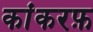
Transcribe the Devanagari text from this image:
कांकरफ़